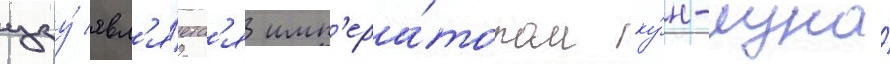
цзу́ явл'я́етс'я имп'ера́тором ку́н-луна́